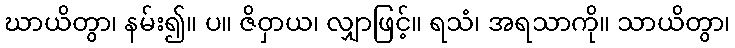
ဃာယိတွာ၊ နမ်း၍။ ပ။ ဇိဝှာယ၊ လျှာဖြင့်။ ရသံ၊ အရသာကို။ သာယိတွာ၊